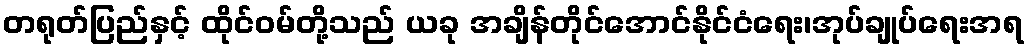
တရုတ်ပြည်နှင့် ထိုင်ဝမ်တို့သည် ယခု အချိန်တိုင်အောင်နိုင်ငံရေး၊အုပ်ချုပ်ရေးအရ